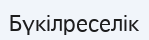
Бүкілреселік